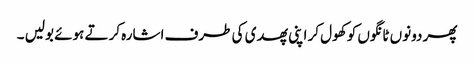
پھر دونوں ٹانگوں کو کھول کر اپنی پھدی کی طرف اشارہ کرتے ہوئے بولیں ۔